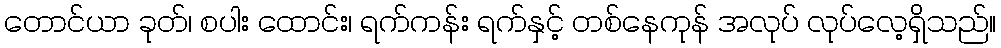
တောင်ယာ ခုတ်၊ စပါး ထောင်း၊ ရက်ကန်း ရက်နှင့် တစ်နေကုန် အလုပ် လုပ်လေ့ရှိသည်။